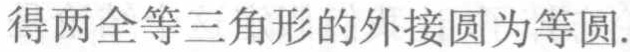
得两全等三角形的外接圆为等圆.